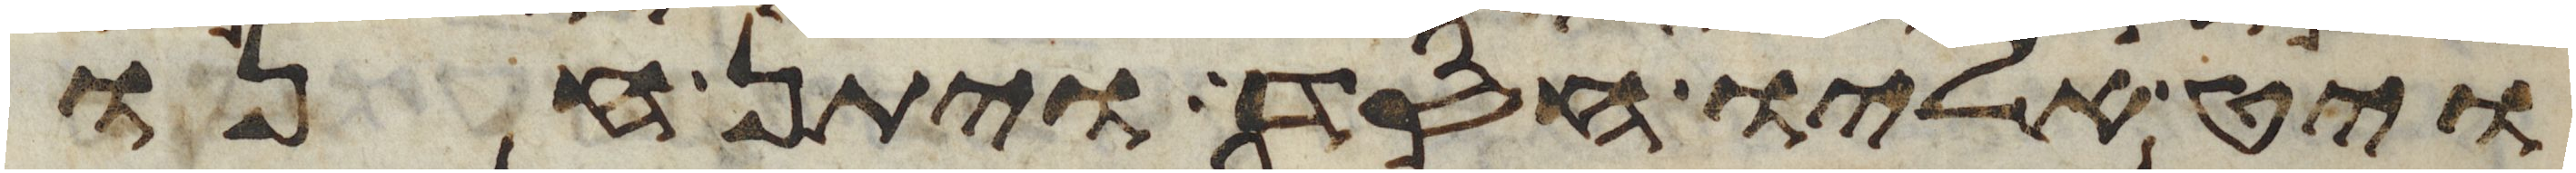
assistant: ויט אליו חסד ויתן חנו